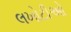
લખોટીઓ